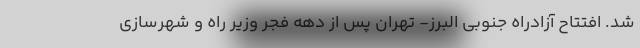
شد. افتتاح آزادراه جنوبی البرز- تهران پس از دهه فجر وزیر راه و شهرسازی